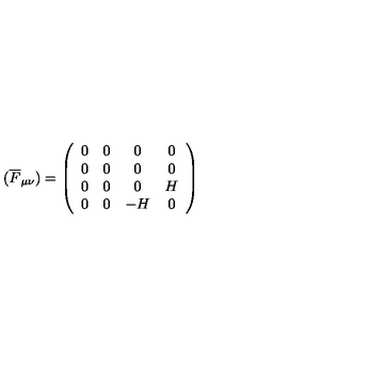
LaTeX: ( \overline { { F } } _ { \mu \nu } ) = \left( \begin{array} { c c c c } { 0 } & { 0 } & { 0 } & { 0 } \\ { 0 } & { 0 } & { 0 } & { 0 } \\ { 0 } & { 0 } & { 0 } & { H } \\ { 0 } & { 0 } & { - H } & { 0 } \\ \end{array} \right)